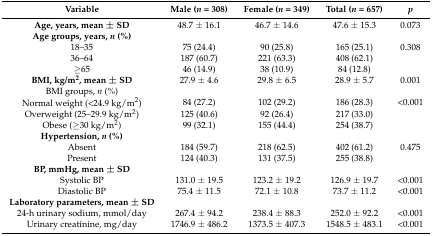
<table><thead><tr><td><b>Variable</b></td><td><b>Male (<i>n</i> = 308)</b></td><td><b>Female (<i>n</i> = 349)</b></td><td><b>Total (<i>n</i> = 657)</b></td><td><b><i>p</i></b></td></tr></thead><tbody><tr><td><b>Age, years, mean ± SD</b></td><td>48.7 ± 16.1</td><td>46.7 ± 14.6</td><td>47.6 ± 15.3</td><td>0.073</td></tr><tr><td><b>Age groups, years, <i>n</i> (%)</b></td><td></td><td></td><td></td><td></td></tr><tr><td>18–35</td><td>75 (24.4)</td><td>90 (25.8)</td><td>165 (25.1)</td><td>0.308</td></tr><tr><td>36–64</td><td>187 (60.7)</td><td>221 (63.3)</td><td>408 (62.1)</td><td></td></tr><tr><td>≥65</td><td>46 (14.9)</td><td>38 (10.9)</td><td>84 (12.8)</td><td></td></tr><tr><td><b>BMI, kg/m<sup>2</sup>, mean ± SD</b></td><td>27.9 ± 4.6</td><td>29.8 ± 6.5</td><td>28.9 ± 5.7</td><td>0.001</td></tr><tr><td>BMI groups, <i>n</i> (%)</td><td></td><td></td><td></td><td></td></tr><tr><td>Normal weight (&lt;24.9 kg/m<sup>2</sup>)</td><td>84 (27.2)</td><td>102 (29.2)</td><td>186 (28.3)</td><td>&lt;0.001</td></tr><tr><td>Overweight (25–29.9 kg/m<sup>2</sup>)</td><td>125 (40.6)</td><td>92 (26.4)</td><td>217 (33.0)</td><td></td></tr><tr><td>Obese (≥30 kg/m<sup>2</sup>)</td><td>99 (32.1)</td><td>155 (44.4)</td><td>254 (38.7)</td><td></td></tr><tr><td><b>Hypertension, <i>n</i> (%)</b></td><td></td><td></td><td></td><td></td></tr><tr><td>Absent</td><td>184 (59.7)</td><td>218 (62.5)</td><td>402 (61.2)</td><td>0.475</td></tr><tr><td>Present</td><td>124 (40.3)</td><td>131 (37.5)</td><td>255 (38.8)</td><td></td></tr><tr><td><b>BP, mmHg, mean ± SD</b></td><td></td><td></td><td></td><td></td></tr><tr><td>Systolic BP</td><td>131.0 ± 19.5</td><td>123.2 ± 19.2</td><td>126.9 ± 19.7</td><td>&lt;0.001</td></tr><tr><td>Diastolic BP</td><td>75.4 ± 11.5</td><td>72.1 ± 10.8</td><td>73.7 ± 11.2</td><td>&lt;0.001</td></tr><tr><td><b>Laboratory parameters, mean ± SD</b></td><td></td><td></td><td></td><td></td></tr><tr><td>24-h urinary sodium, mmol/day</td><td>267.4 ± 94.2</td><td>238.4 ± 88.3</td><td>252.0 ± 92.2</td><td>&lt;0.001</td></tr><tr><td>Urinary creatinine, mg/day</td><td>1746.9 ± 486.2</td><td>1373.5 ± 407.3</td><td>1548.5 ± 483.1</td><td>&lt;0.001</td></tr></tbody></table>